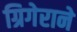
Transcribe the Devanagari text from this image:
ग्रिगेराने